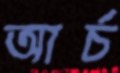
আর্চ